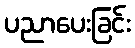
ပညာပေးခြင်း